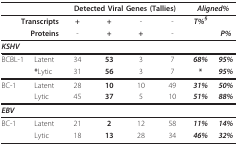
<table><thead><tr><td></td><td></td><td colspan="4"><b>Detected Viral Genes (Tallies)</b></td><td colspan="2"><b><i>Aligned%</i></b></td></tr></thead><tbody><tr><td colspan="2"><b>Transcripts</b></td><td><b>+</b></td><td><b>+</b></td><td>-</td><td>-</td><td><b><i>T%</i></b><sup><b><i>§</i></b></sup></td><td></td></tr><tr><td colspan="2"><b>Proteins</b></td><td>-</td><td><b>+</b></td><td><b>+</b></td><td>-</td><td></td><td><b><i>P%</i></b></td></tr><tr><td><b><i>KSHV</i></b></td><td></td><td></td><td></td><td></td><td></td><td></td><td></td></tr><tr><td>BCBL-1</td><td>Latent</td><td>34</td><td><b>53</b></td><td>3</td><td>7</td><td><b><i>68%</i></b></td><td><b><i>95%</i></b></td></tr><tr><td></td><td><b>*</b>Lytic</td><td>31</td><td><b>56</b></td><td>3</td><td>7</td><td><b>*</b></td><td><b><i>95%</i></b></td></tr><tr><td>BC-1</td><td>Latent</td><td>28</td><td><b>10</b></td><td>10</td><td>49</td><td><b><i>31%</i></b></td><td><b><i>50%</i></b></td></tr><tr><td></td><td>Lytic</td><td>45</td><td><b>37</b></td><td>5</td><td>10</td><td><b><i>51%</i></b></td><td><b><i>88%</i></b></td></tr><tr><td><b><i>EBV</i></b></td><td></td><td></td><td></td><td></td><td></td><td></td><td></td></tr><tr><td>BC-1</td><td>Latent</td><td>21</td><td><b>2</b></td><td>12</td><td>58</td><td><b><i>11%</i></b></td><td><b><i>14%</i></b></td></tr><tr><td></td><td>Lytic</td><td>18</td><td><b>13</b></td><td>28</td><td>34</td><td><b><i>46%</i></b></td><td><b><i>32%</i></b></td></tr></tbody></table>